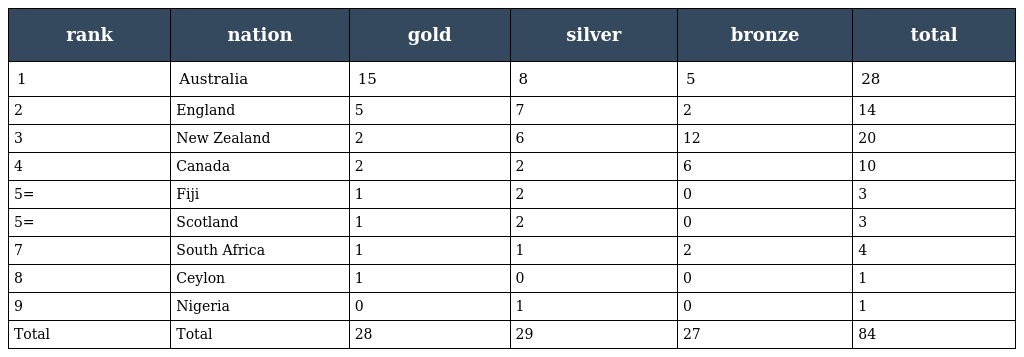
| rank | nation | gold | silver | bronze | total |
 | --- | --- | --- | --- | --- | --- |
 | 1 | Australia | 15 | 8 | 5 | 28 |
 | 2 | England | 5 | 7 | 2 | 14 |
 | 3 | New Zealand | 2 | 6 | 12 | 20 |
 | 4 | Canada | 2 | 2 | 6 | 10 |
 | 5= | Fiji | 1 | 2 | 0 | 3 |
 | 5= | Scotland | 1 | 2 | 0 | 3 |
 | 7 | South Africa | 1 | 1 | 2 | 4 |
 | 8 | Ceylon | 1 | 0 | 0 | 1 |
 | 9 | Nigeria | 0 | 1 | 0 | 1 |
 | Total | Total | 28 | 29 | 27 | 84 |